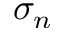
\sigma _ { n }